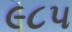
૯૮૫